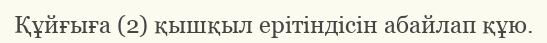
Құйғыға (2) қышқыл ерітіндісін абайлап құю.